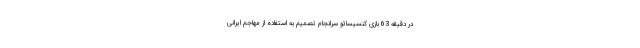
در دقیقه 63 بازی کنسیسائو سرانجام تصمیم به استفاده از مهاجم ایرانی